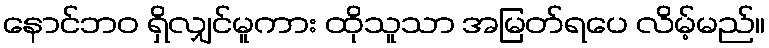
နောင်ဘဝ ရှိလျှင်မူကား ထိုသူသာ အမြတ်ရပေ လိမ့်မည်။